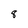
Character: 8